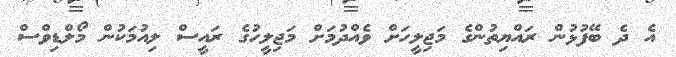
އެ ދެ ބޭފުޅުން ރައްޔިތުންގެ މަޖިލީހަށް ވެއްދުމަށް މަޖިލީހުގެ ރައީސް ލިއުމަކުން މޯލްޑިވްސް